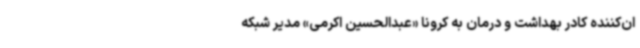
ان‌کننده کادر بهداشت و درمان به کرونا «عبدالحسین اکرمی» مدیر شبکه